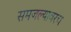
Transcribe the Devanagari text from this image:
समजल्यावरच